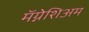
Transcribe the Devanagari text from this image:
मॅग्नेशिअम